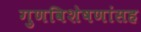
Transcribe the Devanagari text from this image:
गुणविशेषणांसह